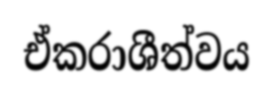
ඒකරාශීත්වය